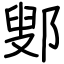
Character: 鄋